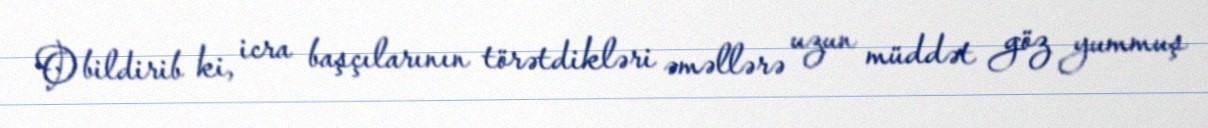
O bildirib ki, icra başçılarının törətdikləri əməllərə uzun müddət göz yummuş